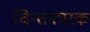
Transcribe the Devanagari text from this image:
चिन्तनपरक